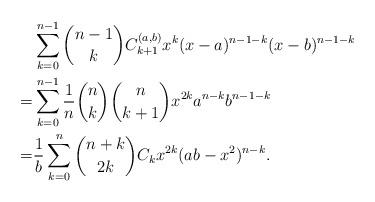
LaTeX: \begin{align*}&\sum_{k=0}^{n-1}\binom{n-1}{k}C_{k+1}^{(a,b)}x^{k}(x-a)^{n-1-k}(x-b)^{n-1-k}\\=&\sum_{k=0}^{n-1}\frac{1}{n}\binom{n}{k}\binom{n}{k+1}x^{2k}a^{n-k}b^{n-1-k}\\=&\frac{1}{b}\sum_{k=0}^{n}\binom{n+k}{2k}C_k x^{2k}(ab-x^2)^{n-k}.\end{align*}